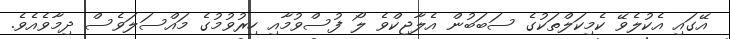
އޭގައި އެކުލެވޭ ކެމިކަލްތަކުގެ ސަބަބުން އެލާޖިކްވެ ލޯ ފުސްވުމާއި ހިރުވުމުގެ މައްސަލަވެސް ދިމާވެއެވެ.